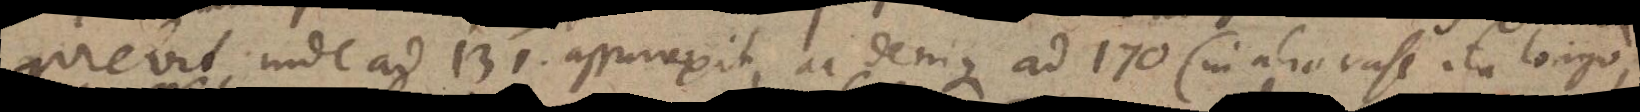
quievit, inde ad 131. assurrexit, ac denique ad 170 (in alio vase ita longo,